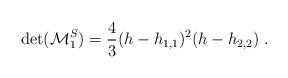
LaTeX: \begin{align*}\det({\cal M}^S_1)={4\over3}(h-h_{1,1})^2(h-h_{2,2}){}~.\end{align*}